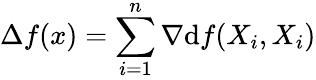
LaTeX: \displaystyle\Delta f(x)=\sum_{i=1}^{n}\nabla\mathrm{d}f(X_{i},X_{i})